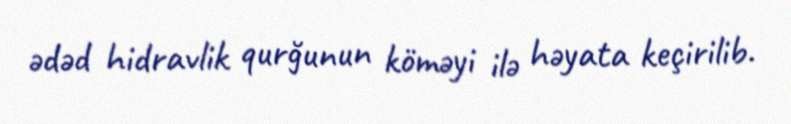
ədəd hidravlik qurğunun köməyi ilə həyata keçirilib.